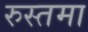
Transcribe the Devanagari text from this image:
रुस्तमा